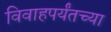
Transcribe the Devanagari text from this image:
विवाहपर्यंतच्या